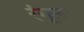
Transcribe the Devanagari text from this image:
रंगूला